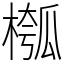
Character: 槬